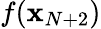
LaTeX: f(\mathbf{x}_{N+2})